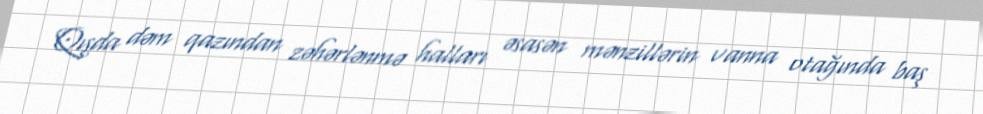
Qışda dəm qazından zəhərlənmə halları əsasən mənzillərin vanna otağında baş